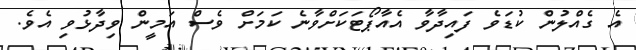
އެ ގެއްލުން ކުޑަވެ ފައިދާވާ އެއާޕޯޓަކަށްވާނެ ކަމަށް ވެސް އަމީން ވިދާޅުވި އެވެ.